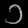
Digit: ၁